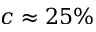
c \approx 2 5 \%